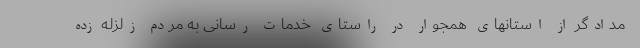
مدادگر از استانهای همجوار در راستای خدمات رسانی به مردم زلزله زده